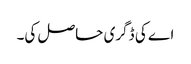
اے کی ڈگری حاصل کی۔